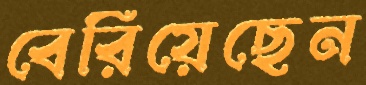
বেরিয়েছেন